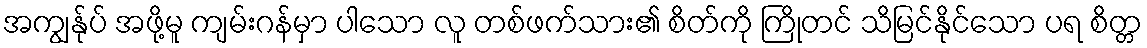
အကျွန်ုပ် အဖို့မူ ကျမ်းဂန်မှာ ပါသော လူ တစ်ဖက်သား၏ စိတ်ကို ကြိုတင် သိမြင်နိုင်သော ပရ စိတ္တ